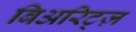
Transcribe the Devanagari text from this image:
बिअरिट्ज़